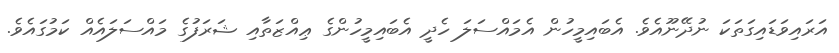
އަރައިވަޑައިގަތަކަ ނުދޭނޫއެވެ. އެބައިމީހުން އެމައްސަލަ ހެދީ އެބައިމީހުންގެ ޢިއްޒަތާއި ޝަރަފުގެ މައްސަލައެއް ކަމުގައެވެ.